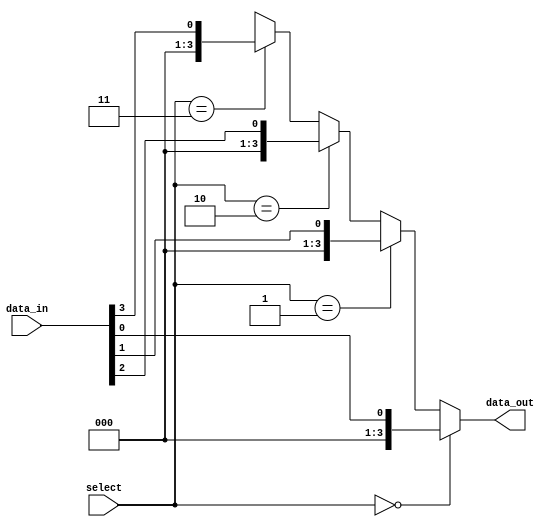
module mux_demux_buffer(
    input wire [1:0] select,
    input wire [3:0] data_in,
    output wire [3:0] data_out
);

assign data_out = (select == 2'b00) ? data_in[0] : 
                 (select == 2'b01) ? data_in[1] :
                 (select == 2'b10) ? data_in[2] :
                 (select == 2'b11) ? data_in[3] : 4'bxxxx;

endmodule